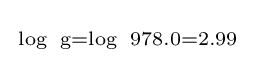
{\begin{smallmatrix}\log \ \operatorname {g} =\log \ 978.0=2.99\end{smallmatrix}}